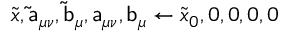
\tilde { { \boldsymbol { x } } } , \mathsf { \tilde { a } } _ { \mu \nu } , \mathsf { \tilde { b } } _ { \mu } , \mathsf { a } _ { \mu \nu } , \mathsf { b } _ { \mu } \gets \tilde { { \boldsymbol { x } } } _ { 0 } , 0 , 0 , 0 , 0